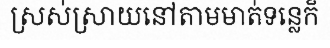
ស្រស់ស្រាយនៅតាមមាត់ទន្លេក៏